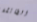
الطائشة